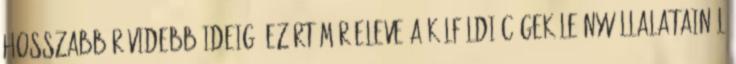
hosszabb-rövidebb ideig, ezért már eleve a külföldi cégek leányvállalatainál